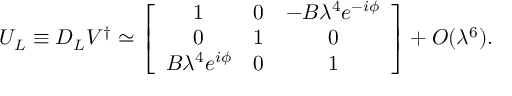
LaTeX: U _ { L } \equiv D _ { L } V ^ { \dagger } \simeq \left[ \begin{array} { c c c } { { 1 } } & { { 0 } } & { { - B \lambda ^ { 4 } e ^ { - i \phi } } } \\ { { 0 } } & { { 1 } } & { { 0 } } \\ { { B \lambda ^ { 4 } e ^ { i \phi } } } & { { 0 } } & { { 1 } } \end{array} \right] + { \cal O } ( \lambda ^ { 6 } ) .